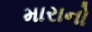
મારાનો